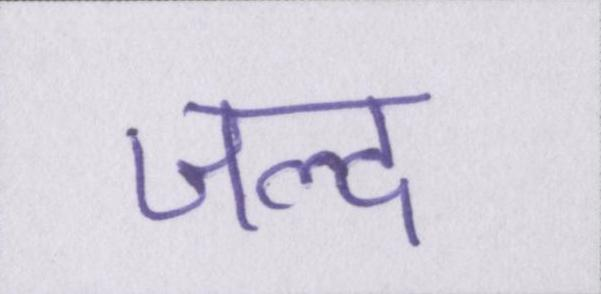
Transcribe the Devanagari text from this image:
जल्द